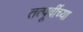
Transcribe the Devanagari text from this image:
तत्पूर्वीच्या